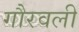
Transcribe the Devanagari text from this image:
गौरवली